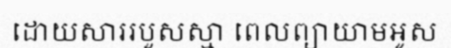
ដោយសាររបួសស្មា ពេលព្យាយាមអូស